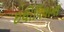
ઇથોપિયાના